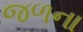
જળના